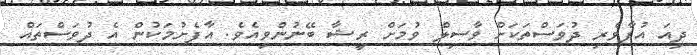
ދިއަ އުފާވެރި ދުވަސްތަކަށް ވާސިލް ވުމަށް ރީޝާ ބޭނުންވިއެވެ. އާފެށުމަކުންް އެ ދުވަސްތައް